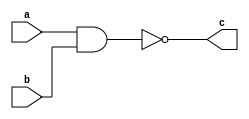
module Lab1(a,b,c);

	input a,b;
	output c;
	
	assign c = ~(a & b);
	
endmodule